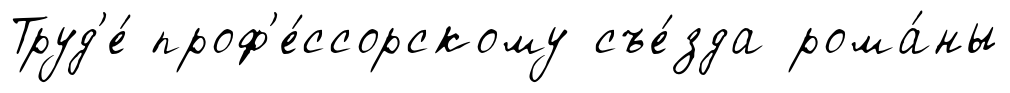
Труд'е́ проф'е́ссорскому съе́зда рома́ны